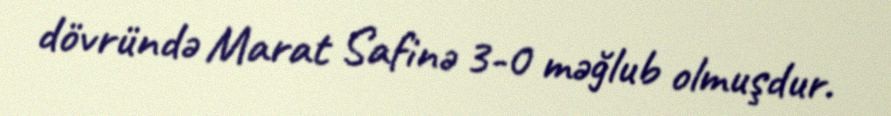
dövründə Marat Safinə 3-0 məğlub olmuşdur.